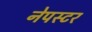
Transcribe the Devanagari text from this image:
नेपस्टर